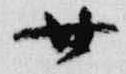
廿